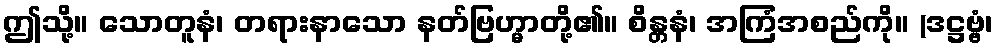
ဤသို့။ သောတူနံ၊ တရားနာသော နတ်ဗြဟ္မာတို့၏။ စိန္တနံ၊ အကြံအစည်ကို။ (ဒဋ္ဌဗ္ဗံ၊